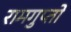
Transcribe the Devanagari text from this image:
रामगुप्तो